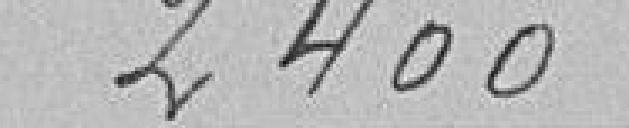
2400